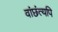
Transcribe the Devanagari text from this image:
वांछंत्यपि